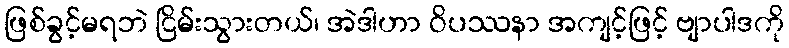
ဖြစ်ခွင့်မရဘဲ ငြိမ်းသွားတယ်၊ အဲဒါဟာ ဝိပဿနာ အကျင့်ဖြင့် ဗျာပါဒကို